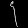
Digit: ၄